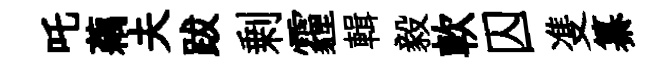
吒藕夫跋剰霾輯毅軟囚㕠纂